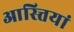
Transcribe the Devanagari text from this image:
आस्त्तियां